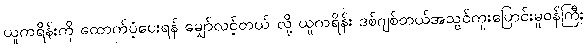
ယူကရိန်းကို ထောက်ပံ့ပေးရန် မျှော်လင့်တယ် လို့ ယူကရိန်း ဒစ်ဂျစ်တယ်အသွင်ကူးပြောင်းမှုဝန်ကြီး